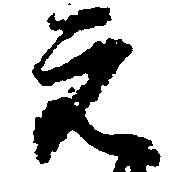
元